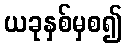
ယခုနှစ်မှစ၍